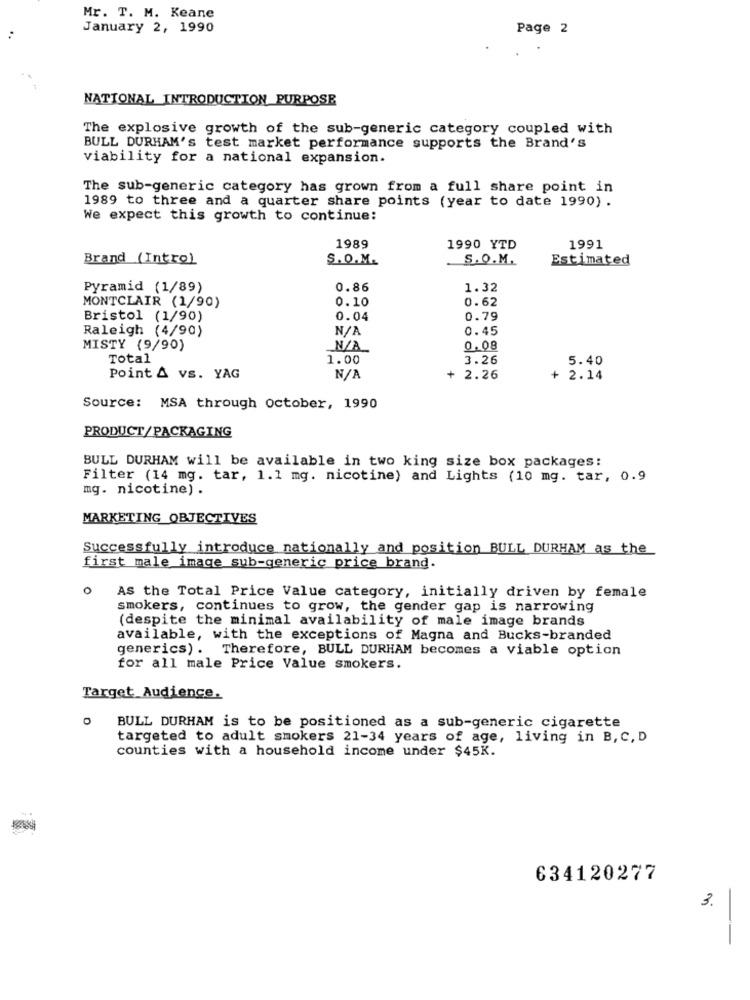
Mr. T. M. Keane
January 2, 1990
Page 2
NATIONAL INTRODUCTION PURPOSE
The explosive growth of the sub-generic category coupled with
BULL DURHAM's test market performance supports the Brand's
viability for a national expansion.
The sub-generic category has grown from a full share point in
1989 to three and a quarter share points (year to date 1990) .
We expect this growth to continue:
1989
1990 YTD
1991
Brand (Intro)
S.O.M.
S.O.M.
Estimated
Pyramid (1/89)
0.86
1.32
MONTCLAIR (1/90)
0.10
0.62
Bristol (1/90)
0.04
0.79
Raleigh (4/90)
0.45
MISTY (9/90)
N/A_
0.08
Total
1.00
3.26
5.40
Point & vs. YAG
+ 2.26
+ 2.14
Source: MSA through October, 1990
PRODUCT/PACKAGING
BULL DURHAM will be available in two king size box packages:
Filter (14 mg. tar, 1.1 mg. nicotine) and Lights (10 mg. tar, 0.9
mg. nicotine) .
MARKETING OBJECTIVES
Successfully introduce nationally and position BULL DURHAM as the
first male image sub-generic price brand.
o
AS the Total Price Value category, initially driven by female
smokers, continues to grow, the gender gap is narrowing
(despite the minimal availability of male image brands
available, with the exceptions of Magna and Bucks-branded
generics) . Therefore, BULL DURHAM becomes a viable option
for all male Price Value smokers.
Target Audience.
0
BULL DURHAM is to be positioned as a sub-generic cigarette
targeted to adult smokers 21-34 years of age, living in B, C, D
counties with a household income under $45K.
634120277
3.
-